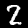
Digit: 2